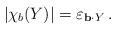
LaTeX: \begin{align*}\left| \chi_b(Y) \right|& = \varepsilon_{\mathbf{b}\cdot Y}\,.\end{align*}